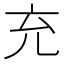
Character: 充